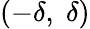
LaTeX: (-\delta,\; \delta)